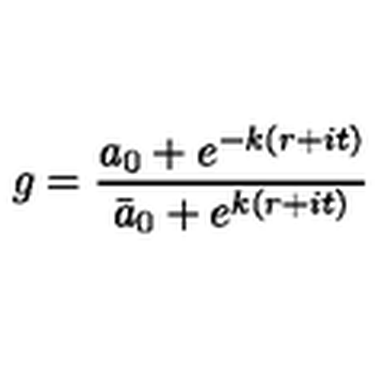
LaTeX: g = { \frac { a _ { 0 } + e ^ { - k ( r + i t ) } } { \bar { a } _ { 0 } + e ^ { k ( r + i t ) } } }